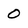
Character: 0